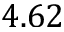
4 . 6 2